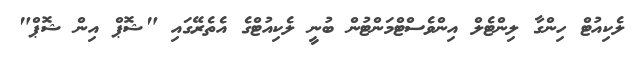
ލެކިއުޓް ހިންގާ ލިންޓެލް އިންވެސްޓްމަންޓުން ބުނީ ލެކިއުޓްގެ އެތެރޭގައި "ޝޮޕް އިން ޝޮޕް"